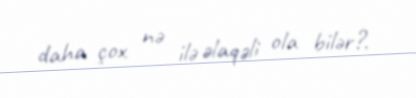
daha çox nə ilə əlaqəli ola bilər?.